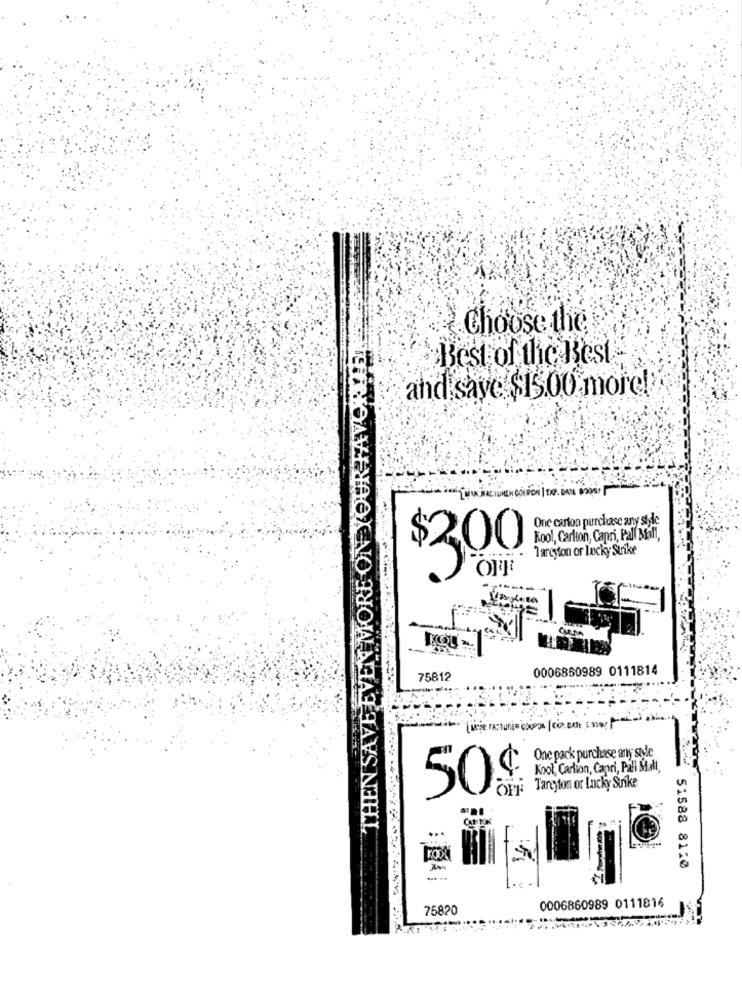
Choose the
THEN SAVE EVEN MORE ON YOUR FAVOR !!!!
Best of the Best
and save $15.00 more!
LUAN BALICHEN COUPON
One carton purchase any style
Kool, Carlton, Capri, Pall Mall,
Tarcyton or Incky Strike
$300
0006860989 0111814
75812
One pack purchase any sile
Kool, Carlion, Capri, Pall Mall,
OF :: Targyton or Lucky Strike
50
CAR TON
KODY
51588 81:0
... ..
75820
0006860989 0111816